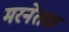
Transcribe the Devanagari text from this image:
मरनेतक